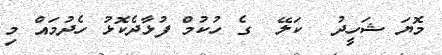
މޮޔަ ޝަހީދު  ކަލޭ  ގެ ހުކުމް ފުޅާދެކޮޅު ހެދުމައް މި